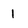
Character: 1